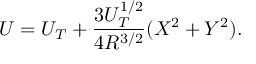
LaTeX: U = U _ { T } + \frac { 3 U _ { T } ^ { 1 / 2 } } { 4 R ^ { 3 / 2 } } ( X ^ { 2 } + Y ^ { 2 } ) .